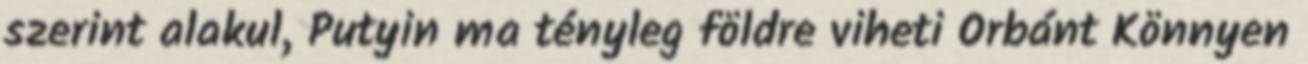
szerint alakul, Putyin ma tényleg földre viheti Orbánt Könnyen